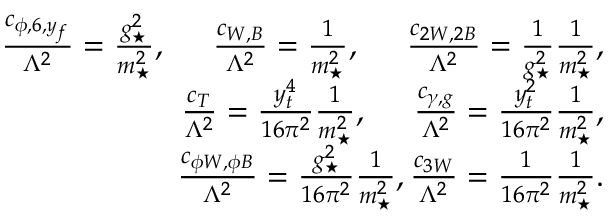
\begin{array} { r l r } & { } & { \frac { c _ { \phi , 6 , y _ { f } } } { \Lambda ^ { 2 } } = \frac { g _ { \star } ^ { 2 } } { m _ { \star } ^ { 2 } } , \; \; \; \; \; \frac { c _ { W , B } } { \Lambda ^ { 2 } } = \frac { 1 } { m _ { \star } ^ { 2 } } , \; \; \; \; \; \frac { c _ { 2 W , 2 B } } { \Lambda ^ { 2 } } = \frac { 1 } { g _ { \star } ^ { 2 } } \frac { 1 } { m _ { \star } ^ { 2 } } , } \\ & { } & { \frac { c _ { T } } { \Lambda ^ { 2 } } = \frac { y _ { t } ^ { 4 } } { 1 6 \pi ^ { 2 } } \frac { 1 } { m _ { \star } ^ { 2 } } , \; \; \; \; \; \frac { c _ { \gamma , g } } { \Lambda ^ { 2 } } = \frac { y _ { t } ^ { 2 } } { 1 6 \pi ^ { 2 } } \frac { 1 } { m _ { \star } ^ { 2 } } , } \\ & { } & { \frac { c _ { \phi W , \phi B } } { \Lambda ^ { 2 } } = \frac { g _ { \star } ^ { 2 } } { 1 6 \pi ^ { 2 } } \frac { 1 } { m _ { \star } ^ { 2 } } , \frac { c _ { 3 W } } { \Lambda ^ { 2 } } = \frac { 1 } { 1 6 \pi ^ { 2 } } \frac { 1 } { m _ { \star } ^ { 2 } } . } \end{array}